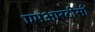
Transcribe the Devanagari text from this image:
एमआरटीसी